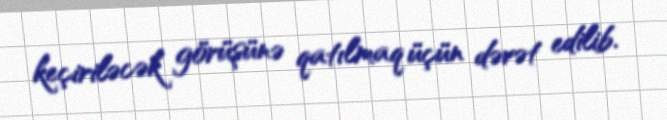
keçiriləcək görüşünə qatılmaq üçün dəvət edilib.